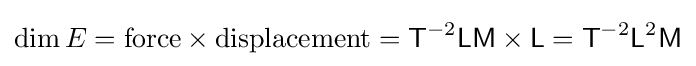
\operatorname {dim} E={\text{force}}\times {\text{displacement}}={\mathsf {T}}^{-2}{\mathsf {L}}{\mathsf {M}}\times {\mathsf {L}}={\mathsf {T}}^{-2}{\mathsf {L}}^{2}{\mathsf {M}}